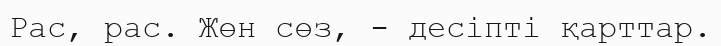
Рас, рас. Жөн сөз, - десіпті қарттар.